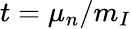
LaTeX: t=\mu_{n}/m_{I}